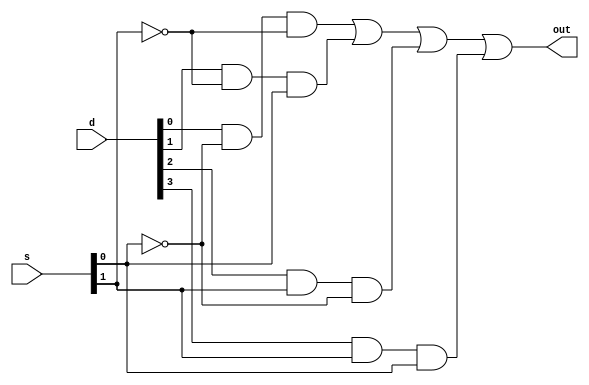
// Type 1
module p7_mux_4x1_type1(out,s,d);
output out;
input [1:0]s;
input [3:0]d;

not n1(inv_s0,s[0]);
not n2(inv_s1,s[1]);

and a1(a1_o,d[0],inv_s0,inv_s1);
and a2(a2_o,d[1],inv_s1,s[0]);
and a3(a3_o,d[2],s[1],inv_s0);
and a4(a4_o,d[3],s[1],s[0]);

or o1(out,a1_o,a2_o,a3_o,a4_o);

endmodule 

// Type 2
module p7_mux_4x1_type2(out,s,d);
output out;
input [1:0]s;
input [3:0]d;

assign out = s[1] ? (s[0] ? d[3]:d[2] ) : (s[0] ? d[1]:d[0] );

endmodule 

// Type 3
module p7_mux_4x1_type3(out,s,d);
output reg out;
input [1:0]s;
input [3:0]d;

always @(s or d)
begin
	case(s)
	0 : out = d[0];
	1 : out = d[1];
	2 : out = d[2];
	3 : out = d[3];
	endcase	
end
endmodule

// Type 4
module p7_mux_4x1_type4(out,s,d);
output reg out;
input [1:0]s;
input [3:0]d;

always @(s or d)
begin
	if(s==0)
	out = d[0];
	if(s==1)
	out = d[1];
	if(s==2)
	out = d[2];
	if(s==3)
	out = d[3];
end
endmodule

// Type 5
module p7_mux_4x1_type5(out,s,d);
output reg out;
input [1:0]s;
input [3:0]d;

always @(s or d)
begin
	out = d[s];
end
endmodule